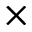
\times